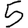
Digit: 5